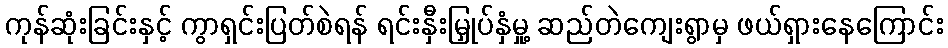
ကုန်ဆုံးခြင်းနှင့် ကွာရှင်းပြတ်စဲရန် ရင်းနှီးမြှုပ်နှံမှု့ ဆည်တဲကျေးရွာမှ ဖယ်ရှားနေကြောင်း